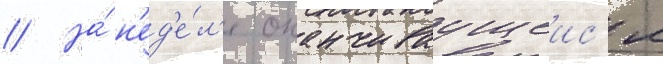
// На́ н'ед'е́л'е оканчиваущеис'я